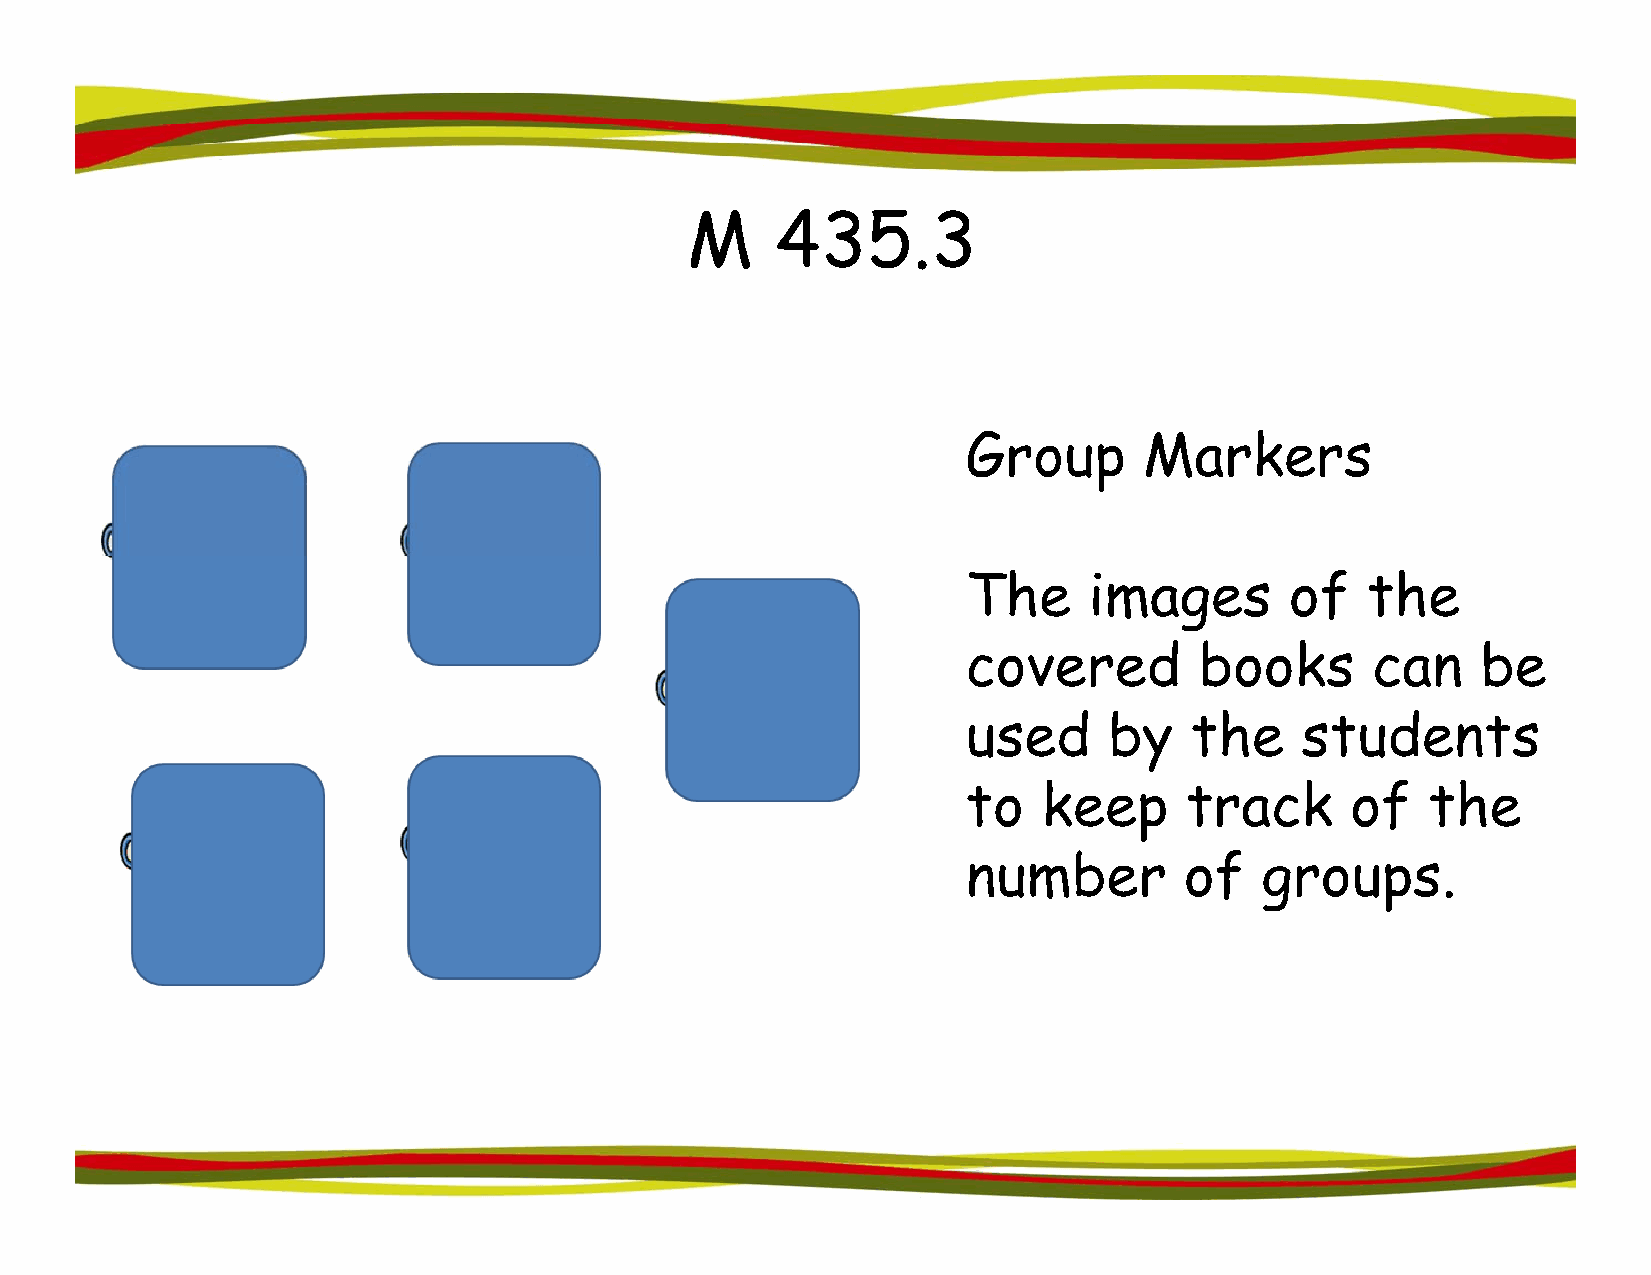
MM    443355.33
 Group       Markers
 The     images       of   the
 covered        books       can    be
 usedd    bby   tthhe  sttuddentts
 to   keep     track      of    the
 nnuummbbeerr  ooff ggrroouuppss.